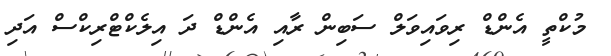
މުކްތީ އެންޑް ރިވައިވަލް ސަބިން ރާއި އެންޑް ދަ އިލެކްޓްރިކްސް އަދި